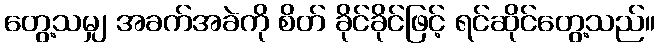
တွေ့သမျှ အခက်အခဲကို စိတ် ခိုင်ခိုင်ဖြင့် ရင်ဆိုင်တွေ့သည်။